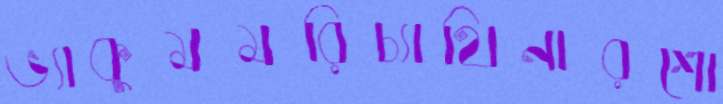
ভ্যাকুমমরিচ্যাথিনারশো